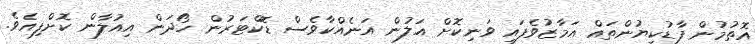
އޮތުމުން ފާޑުކިޔުންތައް އަމާޒުވެފައި ވަނިކޮށް އަލުން އަނެއްކާވެސް ޑޮކްޓަރުން ހޯދަން އިއުލާން ކޮށްފިއެވެ.